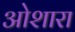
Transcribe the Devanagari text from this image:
ओशारा